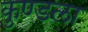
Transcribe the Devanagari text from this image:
कुण्डला